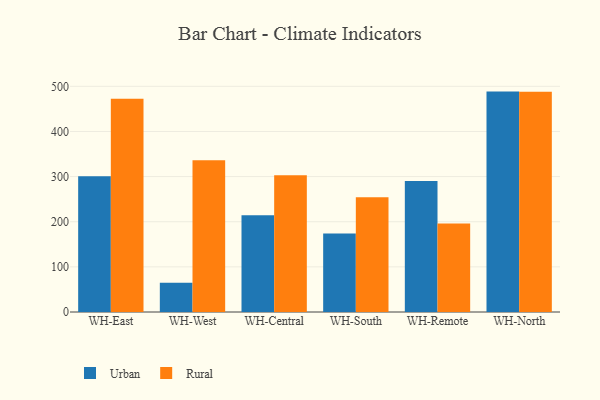
{"axis": {"x": "Warehouse", "y": "Latency (ms)"}, "legend": ["Rural", "Urban"], "data": [{"x": "WH-East", "y": 300.5, "type": "Urban"}, {"x": "WH-East", "y": 472.3, "type": "Rural"}, {"x": "WH-West", "y": 64.8, "type": "Urban"}, {"x": "WH-West", "y": 336.2, "type": "Rural"}, {"x": "WH-Central", "y": 214.2, "type": "Urban"}, {"x": "WH-Central", "y": 302.7, "type": "Rural"}, {"x": "WH-South", "y": 173.9, "type": "Urban"}, {"x": "WH-South", "y": 254.1, "type": "Rural"}, {"x": "WH-Remote", "y": 290.4, "type": "Urban"}, {"x": "WH-Remote", "y": 196.1, "type": "Rural"}, {"x": "WH-North", "y": 488.3, "type": "Urban"}, {"x": "WH-North", "y": 488.2, "type": "Rural"}]}